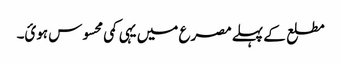
مطلع کے پہلے مصرع میں یہی کمی محسوس ہوئ۔